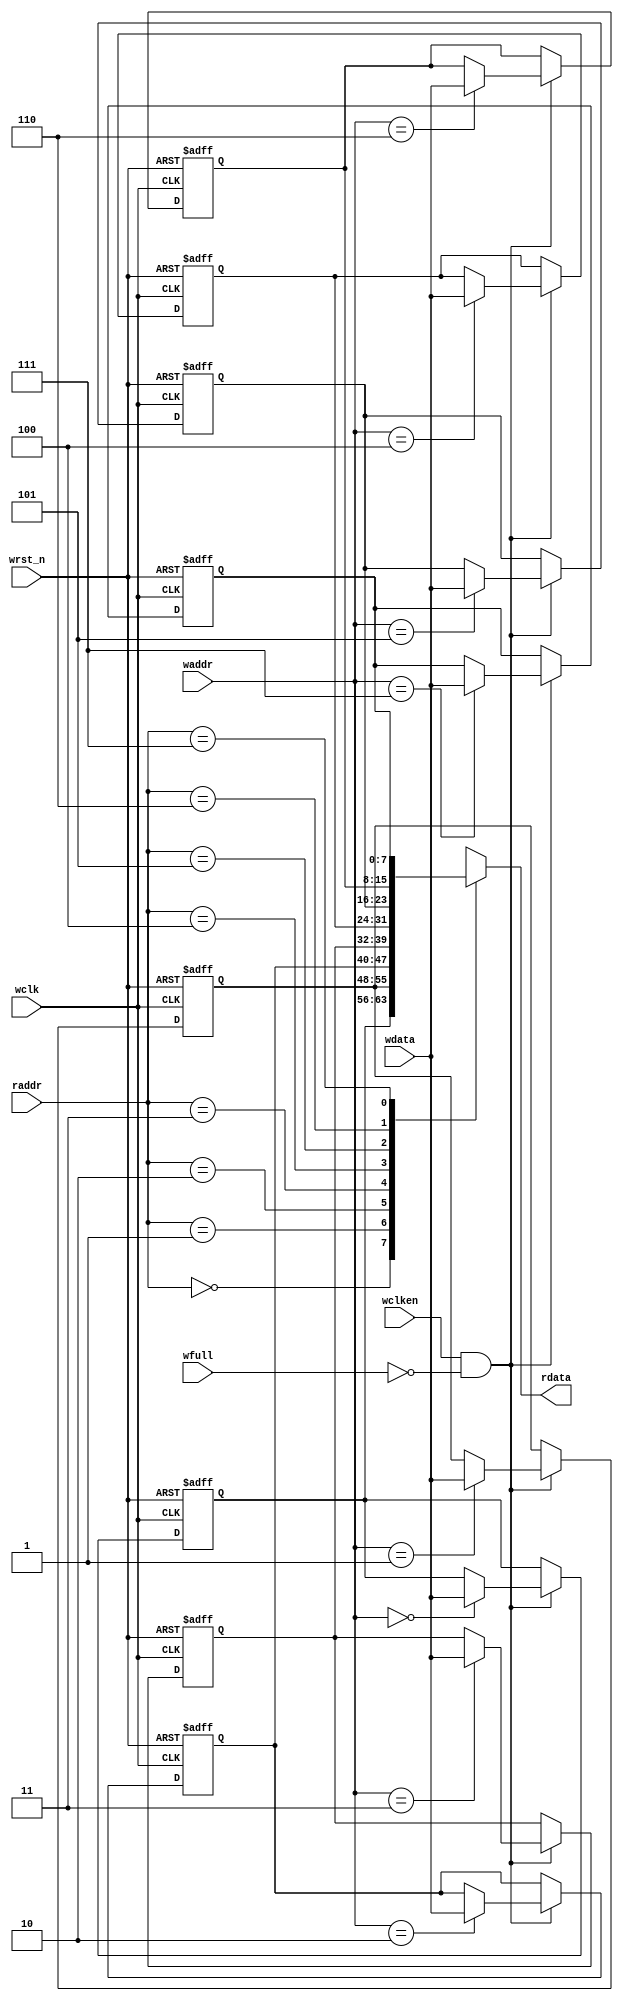
//port list of inputs and outputs ports
module fifo_mem # (parameter    WIDTH = 8,
                                ADDR  = 3
                               )
(
    input  wire                         wclk,wrst_n,
    input  wire                         wclken,wfull,
    input  wire   [WIDTH-1:0]           wdata,  
    input  wire   [ADDR-1:0]            waddr,raddr,
    output wire   [WIDTH-1:0]           rdata
);


localparam   DEPTH = 1<<ADDR;
/// assign memory
reg [WIDTH-1:0] mem [0:DEPTH-1];
 
assign rdata = mem[raddr];

//integer number
integer num;

  always @(posedge wclk or negedge wrst_n) 
	begin
    if (!wrst_n) 
		  begin
          for ( num = 0 ; num < DEPTH ; num = num + 1 )
          mem[num] <= 0;
		  end
	  else if (wclken && !wfull)
          begin
          mem [waddr] <= wdata; 
          end
    end

endmodule